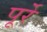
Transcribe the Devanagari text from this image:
पूर्रे